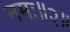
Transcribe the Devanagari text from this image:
नमः॥२॥